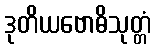
ဒုတိယဗောဓိသုတ္တံ